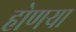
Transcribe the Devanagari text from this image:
होणऱ्या